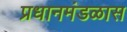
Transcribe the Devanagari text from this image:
प्रधानमंडळास